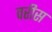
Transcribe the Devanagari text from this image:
वरीस